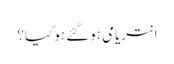
انتریامی ہوگئے ہو کیا؟